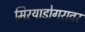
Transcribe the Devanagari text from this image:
मिऱयाडोगरावर